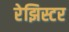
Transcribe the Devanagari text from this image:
रेझिस्टर